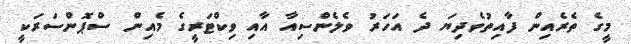
މީގެ ތެރެއިން ފާއިތުވެދިޔަ ދެ އަހަރު ވެލެންސިއާ އާއި ވިކްޓަރީގެ މެއިން ސްޕޮންސަރަކީ